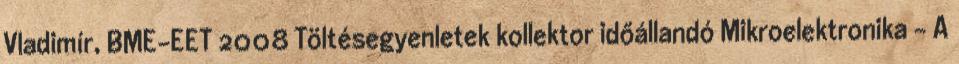
Vladimír, BME-EET 2008 Töltésegyenletek kollektor időállandó Mikroelektronika - A